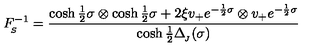
F _ { _ { \! S } } ^ { - 1 } = \frac { \cosh \frac { 1 } { 2 } \sigma \otimes \cosh \frac { 1 } { 2 } \sigma + 2 \xi v _ { + } e ^ { - \frac { 1 } { 2 } \sigma } \otimes v _ { + } e ^ { - \frac { 1 } { 2 } \sigma } } { \cosh \frac { 1 } { 2 } \Delta _ { _ { \! J } } ( \sigma ) } \,